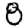
Digit: 8